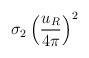
LaTeX: \begin{align*}\sigma_2 \left( \frac{u_R}{4\pi} \right)^2\end{align*}